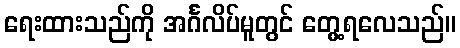
ရေးထားသည်ကို အင်္ဂလိပ်မူတွင် တွေ့ရလေသည်။